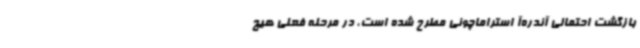
بازگشت احتمالی آندره‌آ استراماچونی مطرح شده است، در مرحله فعلی هیچ